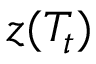
z ( T _ { t } )